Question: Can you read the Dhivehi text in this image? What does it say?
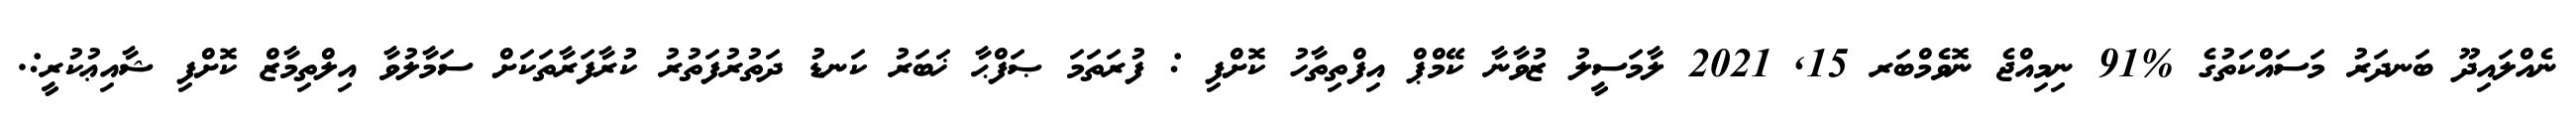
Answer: ނެއްލައިދޫ ބަނދަރު މަސައްކަތުގެ %91 ނިމިއްޖެ ނޮވެމްބަރ 15, 2021 ލާމަސީލު ޒުވާނާ ކޭމްޕް އިފްތިތާހު ކޮށްފި : ފުރަތަމަ ޞަފްޙާ ޚަބަރު ކަނޑު ދަތުރުފަތުރު ކުރާފަރާތަކަށް ސަމާލުވާ އިލްތިމާޒް ކޮށްފި ޝާއިޢުކުރީ:.